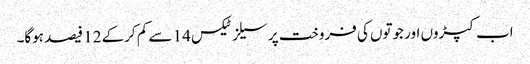
اب کپڑوں اور جوتوں کی فروخت پر سیلز ٹیکس 14 سے کم کرکے 12 فیصد ہوگا۔